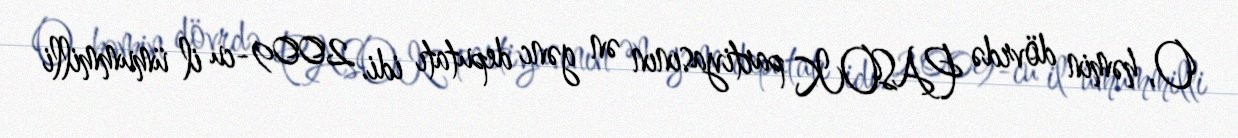
O, həmin dövrdə PASOK partiyasının ən gənc deputatı idi. 2009-cu il ümummilli